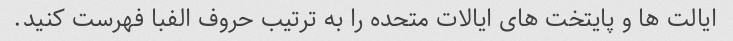
ایالت ها و پایتخت های ایالات متحده را به ترتیب حروف الفبا فهرست کنید.